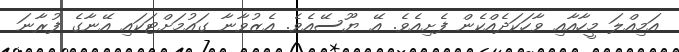
އަމިއްލަ މީހާއާއި ވާހަކަދެއްކެން ފެށިއެވެ. އޭ ޔޫސޭއެވެ. އެޒުވާނާ ގައުމަށްޓަކައި އޭނާގެ ފުރާނަ